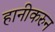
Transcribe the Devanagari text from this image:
हानीकरुन